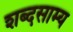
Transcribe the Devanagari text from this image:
शब्दसाम्य